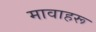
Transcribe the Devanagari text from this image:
मावाहरू